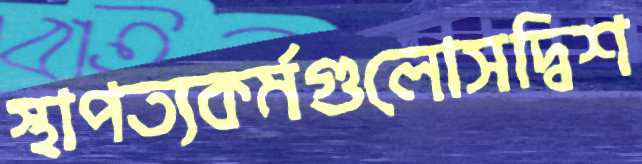
স্থাপত্যকর্মগুলোসদ্বিশ